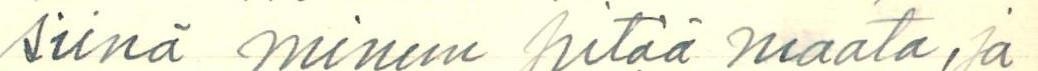
siinä minun pitää maata, ja